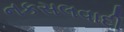
નકસલવાદી